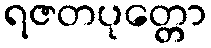
ရဇတပုတ္တော